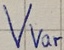
Text: Vvar